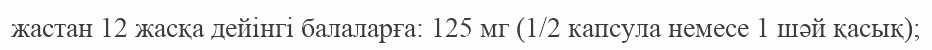
жастан 12 жасқа дейінгі балаларға: 125 мг (1/2 капсула немесе 1 шәй қасық);